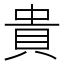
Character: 貴